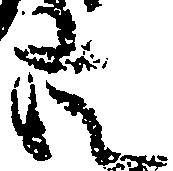
共